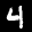
Label: 4